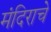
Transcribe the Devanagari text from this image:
मंदिराचे